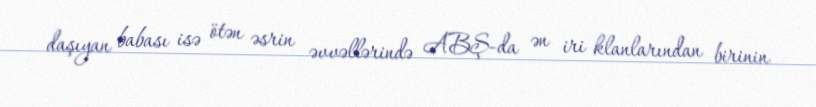
daşıyan babası isə ötən əsrin əvvəllərində ABŞ-da ən iri klanlarından birinin